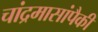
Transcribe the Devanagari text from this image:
चांद्रमासांपैकी